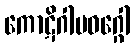
ကောဋိဂါမဝဂ္ဂေါ